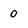
Character: 0